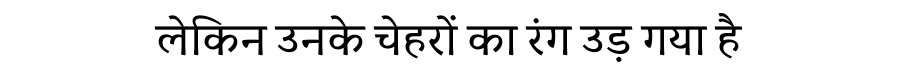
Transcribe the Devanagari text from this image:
लेकिन उनके चेहरों का रंग उड़ गया है